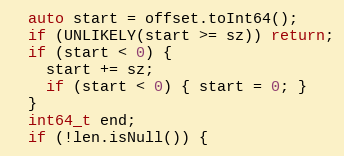
Language: C++
  auto start = offset.toInt64();
  if (UNLIKELY(start >= sz)) return;
  if (start < 0) {
    start += sz;
    if (start < 0) { start = 0; }
  }
  int64_t end;
  if (!len.isNull()) {